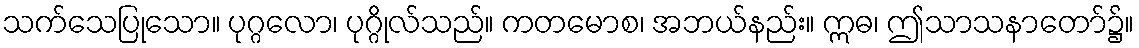
သက်သေပြုသော။ ပုဂ္ဂလော၊ ပုဂ္ဂိုလ်သည်။ ကတမောစ၊ အဘယ်နည်း။ ဣဓ၊ ဤသာသနာတော်၌။